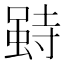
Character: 𰍥